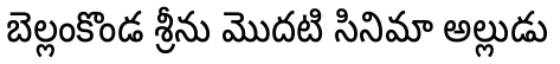
బెల్లంకొండ శ్రీను మొదటి సినిమా అల్లుడు